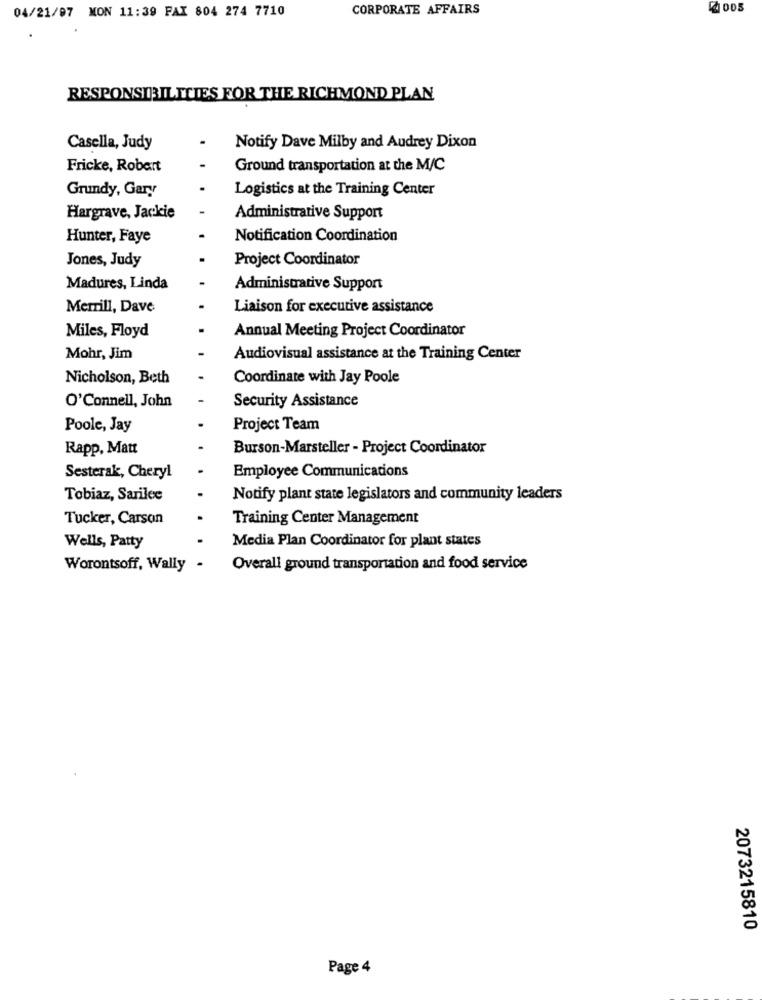
04/21/07 MON 11:39 FAX 804 274 7710
CORPORATE AFFAIRS
2 005
RESPONSIBILITIES FOR THE RICHMOND PLAN
Casella, Judy
Notify Dave Milby and Audrey Dixon
Fricke, Robert
Ground transportation at the M/C
Grundy, Gary
Logistics at the Training Center
Hargrave, Jackie
Administrative Support
Hunter, Faye
Notification Coordination
Jones, Judy
Project Coordinator
Madures, Linda
Administrative Support
Merrill, Dave
Liaison for executive assistance
Miles, Floyd
Annual Meeting Project Coordinator
Mohr, Jim
Audiovisual assistance at the Training Center
Nicholson, Beth
Coordinate with Jay Poole
O'Connell, John
Security Assistance
Poole, Jay
Project Team
Rapp, Matt
Burson-Marsteller - Project Coordinator
Employee Communications
Sesterak, Cheryl
Tobiaz, Sarilee
Notify plant state legislators and community leaders
Tucker, Carson
Training Center Management
Media Plan Coordinator for plant states
Wells, Patty
Worontsoff, Wally
Overall ground transportation and food service
2073215810
Page 4